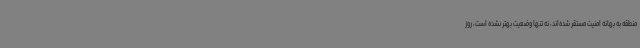
منطقه به بهانه امنیت مستقر شده‌اند، نه تنها وضعیت بهتر نشده است، روز